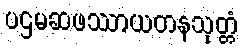
ပဌမဆဖဿာယတနသုတ္တံ